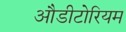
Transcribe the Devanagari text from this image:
औडीटोरियम